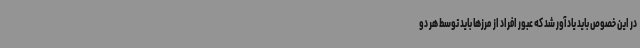
در این خصوص باید یادآور شد که عبور افراد از مرزها باید توسط هر دو